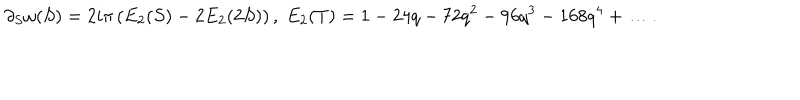
\partial _ { S } \omega ( S ) = 2 i \pi \left( E _ { 2 } ( S ) - 2 E _ { 2 } ( 2 S ) \right) , \; E _ { 2 } ( T ) = 1 - 2 4 q - 7 2 q ^ { 2 } - 9 6 q ^ { 3 } - 1 6 8 q ^ { 4 } + \dots .